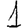
Digit: 1